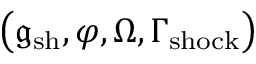
\big ( \mathfrak { g } _ { \mathrm { s h } } , \varphi , \Omega , \Gamma _ { \mathrm { s h o c k } } \big )